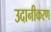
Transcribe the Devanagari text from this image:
उदानीकरण